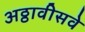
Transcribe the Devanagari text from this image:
अठ्ठावीसवे